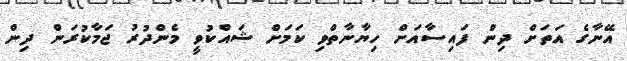
އޭނާގެ އަތަށް ދިން ފައިސާއަށް ހިޔާނާތްވި ކަމަށް ޝައްކުވީ މެންދުރު ޖަމާކުރަން ދިން